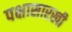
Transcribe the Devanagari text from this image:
पक्षासारखी